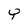
Character: Y